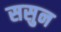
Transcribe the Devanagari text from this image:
ससुन